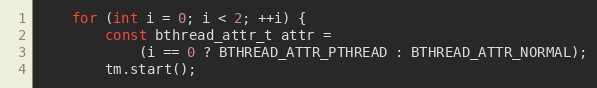
Language: C++
    for (int i = 0; i < 2; ++i) {
        const bthread_attr_t attr =
            (i == 0 ? BTHREAD_ATTR_PTHREAD : BTHREAD_ATTR_NORMAL);
        tm.start();